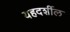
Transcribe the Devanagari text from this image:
यहदर्शील